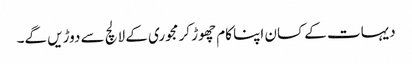
دیہات کے کسان اپنا کام چھوڑ کر مجوری کے لالچ سے دوڑیں گے۔